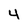
Character: 4